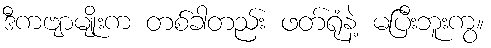
ဒီကဗျာမျိုးက တစ်ခါတည်း ဖတ်ရုံနဲ့ မပြီးဘူးကွ။